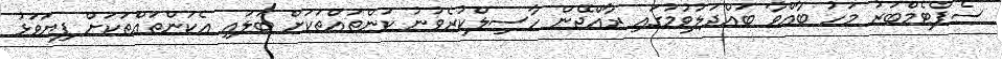
ސެޕްޓެމްބަރު މަހު ބާއްވާ ބައްދަލުވުމުގައި ރާއްޖޭން ހާސިލްކުރެވުނު ކަންތައްތަކަށް ބަލައި އެކަންތައްތަކަށް ފިޔަވަޅު